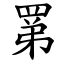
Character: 罤